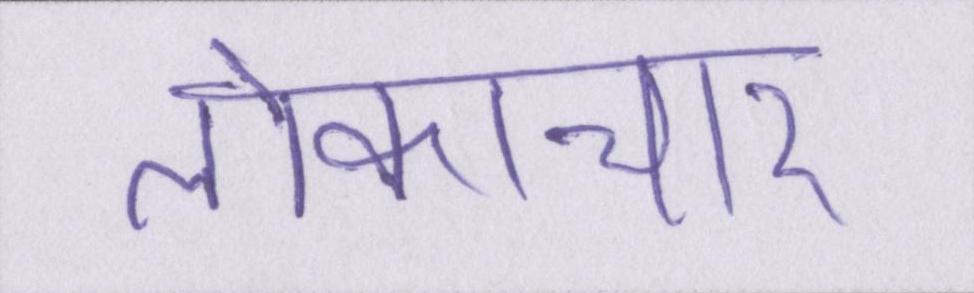
लोकाचार